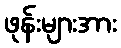
ဖုန်းများအား